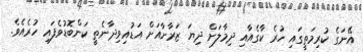
އޭނަގެ ކުރިމަތީގައި ހުރެ ކާގެއާއި ދިމާލަށް ދިޔަ ޒަރާނާއަށް އަޑުއިވިދާނެތީ ކަންބޮޑުވެފައި ހުރެއެވެ.